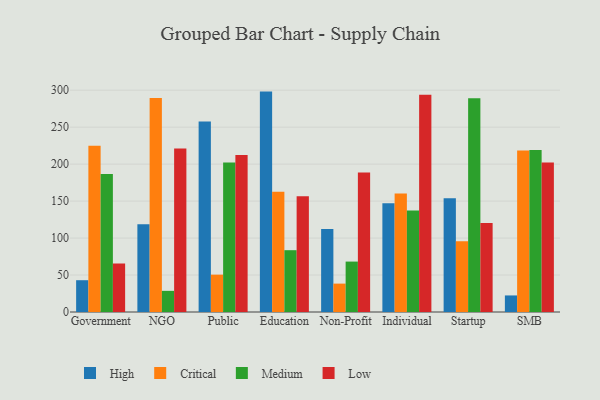
{"axis": {"x": "Segment", "y": "Headcount"}, "legend": ["Critical", "High", "Low", "Medium"], "data": [{"x": "Government", "y": 43.0, "type": "High"}, {"x": "Government", "y": 224.9, "type": "Critical"}, {"x": "Government", "y": 186.7, "type": "Medium"}, {"x": "Government", "y": 65.6, "type": "Low"}, {"x": "NGO", "y": 118.6, "type": "High"}, {"x": "NGO", "y": 289.5, "type": "Critical"}, {"x": "NGO", "y": 28.6, "type": "Medium"}, {"x": "NGO", "y": 221.2, "type": "Low"}, {"x": "Public", "y": 257.8, "type": "High"}, {"x": "Public", "y": 50.5, "type": "Critical"}, {"x": "Public", "y": 202.3, "type": "Medium"}, {"x": "Public", "y": 212.4, "type": "Low"}, {"x": "Education", "y": 298.1, "type": "High"}, {"x": "Education", "y": 162.8, "type": "Critical"}, {"x": "Education", "y": 83.6, "type": "Medium"}, {"x": "Education", "y": 156.4, "type": "Low"}, {"x": "Non-Profit", "y": 112.2, "type": "High"}, {"x": "Non-Profit", "y": 38.4, "type": "Critical"}, {"x": "Non-Profit", "y": 68.2, "type": "Medium"}, {"x": "Non-Profit", "y": 188.8, "type": "Low"}, {"x": "Individual", "y": 147.1, "type": "High"}, {"x": "Individual", "y": 160.2, "type": "Critical"}, {"x": "Individual", "y": 137.2, "type": "Medium"}, {"x": "Individual", "y": 294.0, "type": "Low"}, {"x": "Startup", "y": 153.7, "type": "High"}, {"x": "Startup", "y": 95.6, "type": "Critical"}, {"x": "Startup", "y": 289.0, "type": "Medium"}, {"x": "Startup", "y": 120.4, "type": "Low"}, {"x": "SMB", "y": 22.4, "type": "High"}, {"x": "SMB", "y": 218.6, "type": "Critical"}, {"x": "SMB", "y": 219.1, "type": "Medium"}, {"x": "SMB", "y": 202.2, "type": "Low"}]}